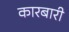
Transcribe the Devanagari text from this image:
कारबारी